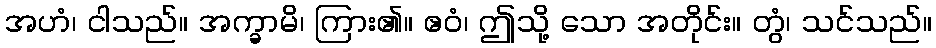
အဟံ၊ ငါသည်။ အက္ခာမိ၊ ကြား၏။ ဧဝံ၊ ဤသို့ သော အတိုင်း။ တွံ၊ သင်သည်။